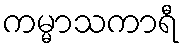
ကမ္မာသကာရီ